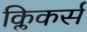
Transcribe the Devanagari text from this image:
क्लिकर्स